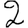
Digit: 2